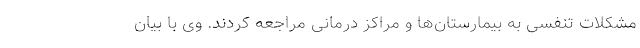
مشکلات تنفسی به بیمارستان‌ها و مراکز درمانی مراجعه کردند. وی با بیان